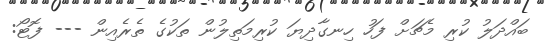
ބައްދަލު ކުރި މެޗަށް ފަހު ހިނގާދިޔަ ކުރިމަތިލުން ތަކުގެ ތެރެއިން --- ފޮޓޯ: